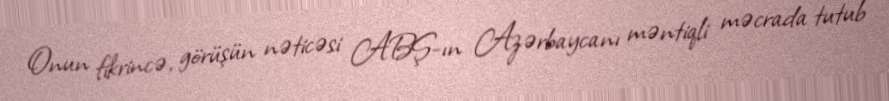
Onun fikrincə, görüşün nəticəsi ABŞ-ın Azərbaycanı məntiqli məcrada tutub